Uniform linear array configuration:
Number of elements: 32
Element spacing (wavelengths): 0.75
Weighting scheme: binomial
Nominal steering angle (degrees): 0
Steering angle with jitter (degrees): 0.3489
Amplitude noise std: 0.05
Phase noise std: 0.05

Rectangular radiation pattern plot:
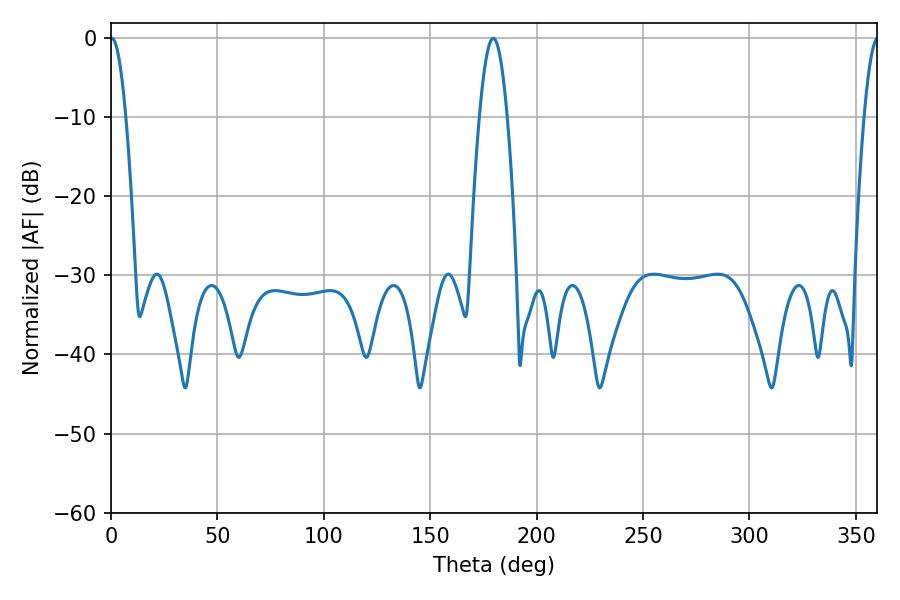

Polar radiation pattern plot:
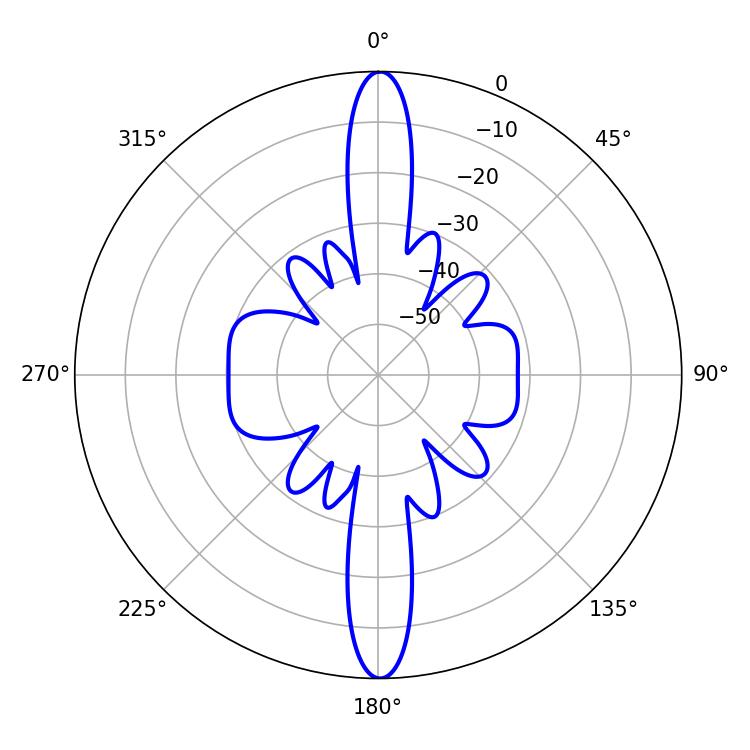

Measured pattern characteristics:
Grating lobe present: TRUE
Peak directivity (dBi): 31.088
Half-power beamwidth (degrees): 3.96
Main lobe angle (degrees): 0.36